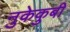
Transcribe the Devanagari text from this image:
नुकेकुबी